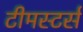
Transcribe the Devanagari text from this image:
टीमस्टर्स